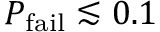
P _ { \mathrm { f a i l } } \lesssim 0 . 1